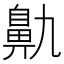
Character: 鼽